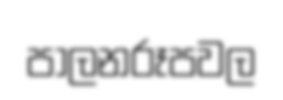
පාලනරූපවල